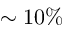
\sim 1 0 \%